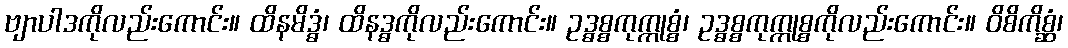
ဗျာပါဒကိုလည်းကောင်း။ ထိနမိဒ္ဓံ၊ ထိနဒ္ဓကိုလည်းကောင်း။ ဥဒ္ဓစ္စကုက္ကုစ္စံ၊ ဥဒ္ဓစ္စကုက္ကုစ္စကိုလည်းကောင်း။ ဝိစိကိစ္ဆံ၊